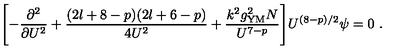
\Biggl [ - \frac { \partial ^ { 2 } } { \partial U ^ { 2 } } + \frac { ( 2 l + 8 - p ) ( 2 l + 6 - p ) } { 4 U ^ { 2 } } + \frac { k ^ { 2 } g _ { \mathrm { Y M } } ^ { 2 } N } { U ^ { 7 - p } } \Biggr ] U ^ { ( 8 - p ) / 2 } \psi = 0 \ .